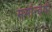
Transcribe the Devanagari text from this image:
मर्मान्‍वेषी